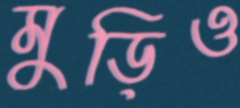
মুড়িও